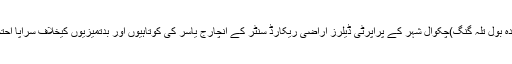
چکوال(نما ئندہ بول تلہ گنگ)چکوال شہر کے پراپرٹی ڈیلرز اراضی ریکارڈ سنٹر کے انچارج یاسر کی کوتاہیوں اور بدتمیزیوں کیخلاف سراپا احتجاج بن گئے۔